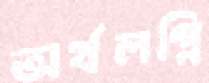
অর্থলগ্নি